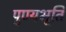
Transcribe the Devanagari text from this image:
पुण्यभूति